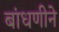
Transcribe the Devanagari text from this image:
बांधणीने